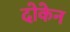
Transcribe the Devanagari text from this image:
दोकेन